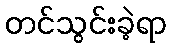
တင်သွင်းခဲ့ရာ